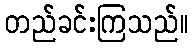
တည်ခင်းကြသည်။